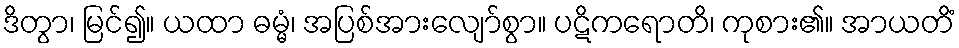
ဒိတွာ၊ မြင်၍။ ယထာ ဓမ္မံ၊ အပြစ်အားလျော်စွာ။ ပဋိကရောတိ၊ ကုစား၏။ အာယတိံ